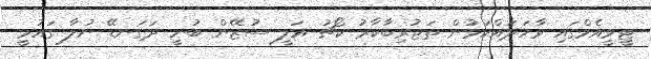
ޓީވީއެމްގައި ވާހަދައްކަމުން ތަޖުރިބާކާރު ކޯޗު އަލީ ސުޒޭން ބުނީ ދަގަނޑޭ ނުލާ ގައުމީ